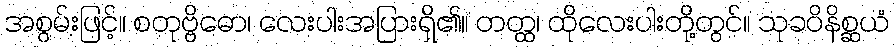
အစွမ်းဖြင့်။ စတုဗ္ဗိဓော၊ လေးပါးအပြားရှိ၏။ တတ္ထ၊ ထိုလေးပါးတို့တွင်။ သုခဝိနိစ္ဆယံ